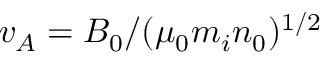
v _ { A } = B _ { 0 } / ( \mu _ { 0 } m _ { i } n _ { 0 } ) ^ { 1 / 2 }